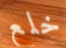
خلع